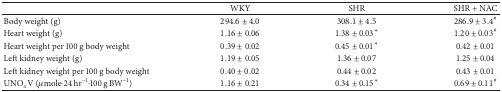
<table><thead><tr><td>[EMPTY_CELL]</td><td><b>WKY</b></td><td><b>SHR</b></td><td><b>SHR + NAC</b></td></tr></thead><tbody><tr><td>Body weight (g)</td><td>294.6 ± 4.0</td><td>308.1 ± 4.5</td><td>286.9 ± 3.4<sup>#</sup></td></tr><tr><td>Heart weight (g)</td><td>1.16 ± 0.06</td><td>1.38 ± 0.03*</td><td>1.20 ± 0.03<sup>#</sup></td></tr><tr><td>Heart weight per 100 g body weight</td><td>0.39 ± 0.02</td><td>0.45 ± 0.01*</td><td>0.42 ± 0.01</td></tr><tr><td>Left kidney weight (g)</td><td>1.19 ± 0.05</td><td>1.36 ± 0.07</td><td>1.25 ± 0.04</td></tr><tr><td>Left kidney weight per 100 g body weight</td><td>0.40 ± 0.02</td><td>0.44 ± 0.02</td><td>0.43 ± 0.01</td></tr><tr><td>UNO<sub><i>x</i></sub>V (<i>μ</i>mole·24 hr<sup>−1</sup>·100 g BW<sup>−1</sup>)</td><td>1.16 ± 0.21</td><td>0.34 ± 0.15*</td><td>0.69 ± 0.11<sup>#</sup></td></tr></tbody></table>